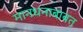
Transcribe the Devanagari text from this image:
मानधनाबाबत